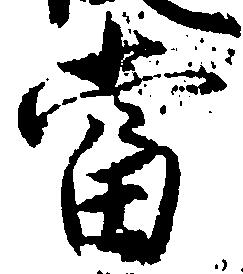
当